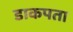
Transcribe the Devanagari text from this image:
डाकपता